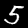
Digit: 5